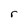
Character: r